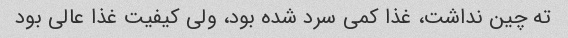
ته چین نداشت، غذا کمی سرد شده بود، ولی کیفیت غذا عالی بود